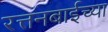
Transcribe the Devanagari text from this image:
रत्तनबाईच्या